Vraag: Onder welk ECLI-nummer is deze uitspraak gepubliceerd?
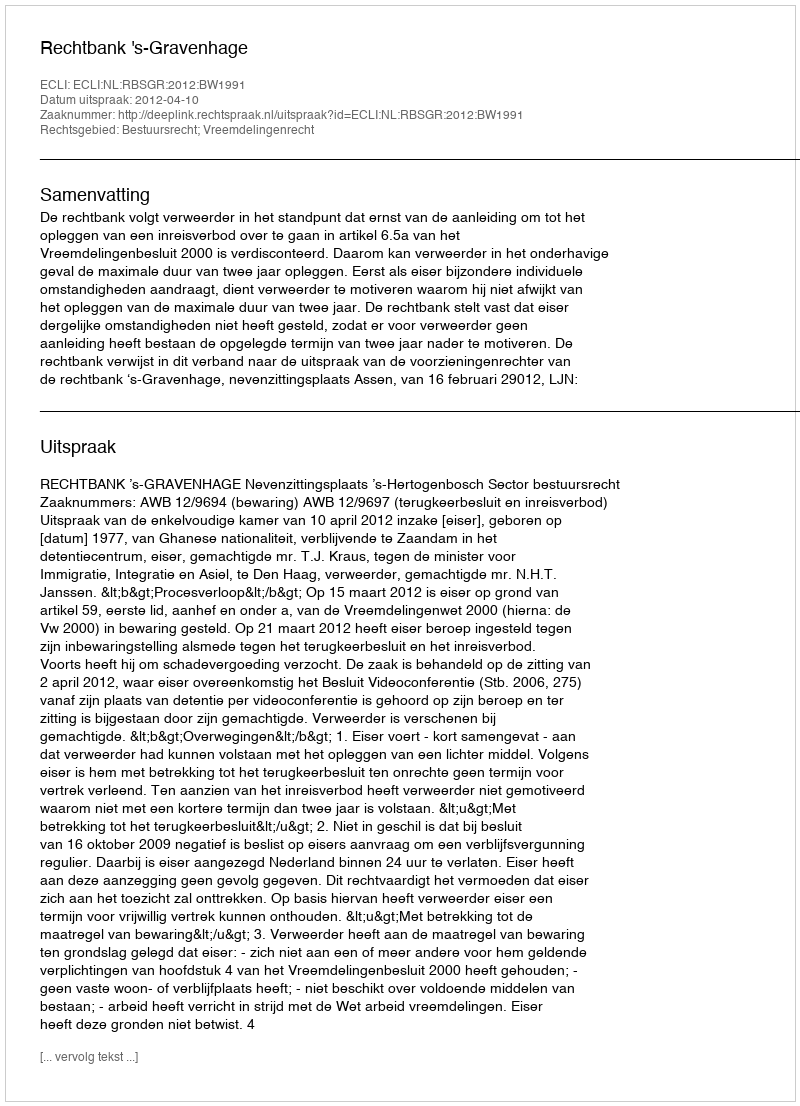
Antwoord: ECLI:NL:RBSGR:2012:BW1991